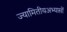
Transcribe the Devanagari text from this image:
ज्यामितीयअभ्यासों